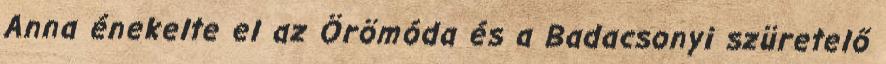
Anna énekelte el az Örömóda és a Badacsonyi szüretelő